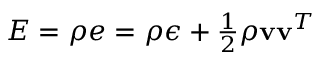
\begin{array} { r } { E = \rho e = \rho \epsilon + \frac { 1 } { 2 } \rho \mathbf { v } \mathbf { v } ^ { T } } \end{array}